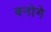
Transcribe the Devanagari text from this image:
बनोगे